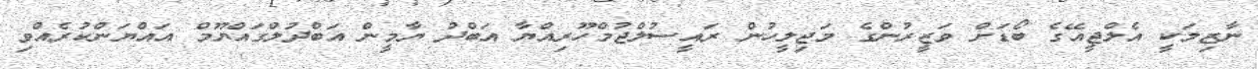
ނާޒިމަކީ އެލްޖީއޭގެ ބޯޑަށް ވަޒީރުންގެ މަޖިލީހުން ރައީސުލްޖުމްހޫރިއްޔާ އަބްދު ޔާމީން އަބްދުލްގައްޔޫމް އައްޔަންކުރެއްވި